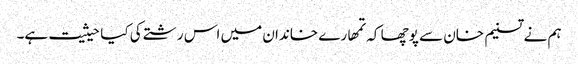
ہم نے تسنیم خان سے پوچھا کہ تمھارے خاندان میں اس رشتے کی کیا حیثیت ہے۔